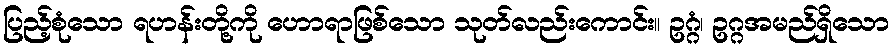
ပြည့်စုံသော ရဟန်းတို့ကို ဟောရာဖြစ်သော သုတ်လည်းကောင်း။ ဥဂ္ဂံ၊ ဥဂ္ဂအမည်ရှိသော